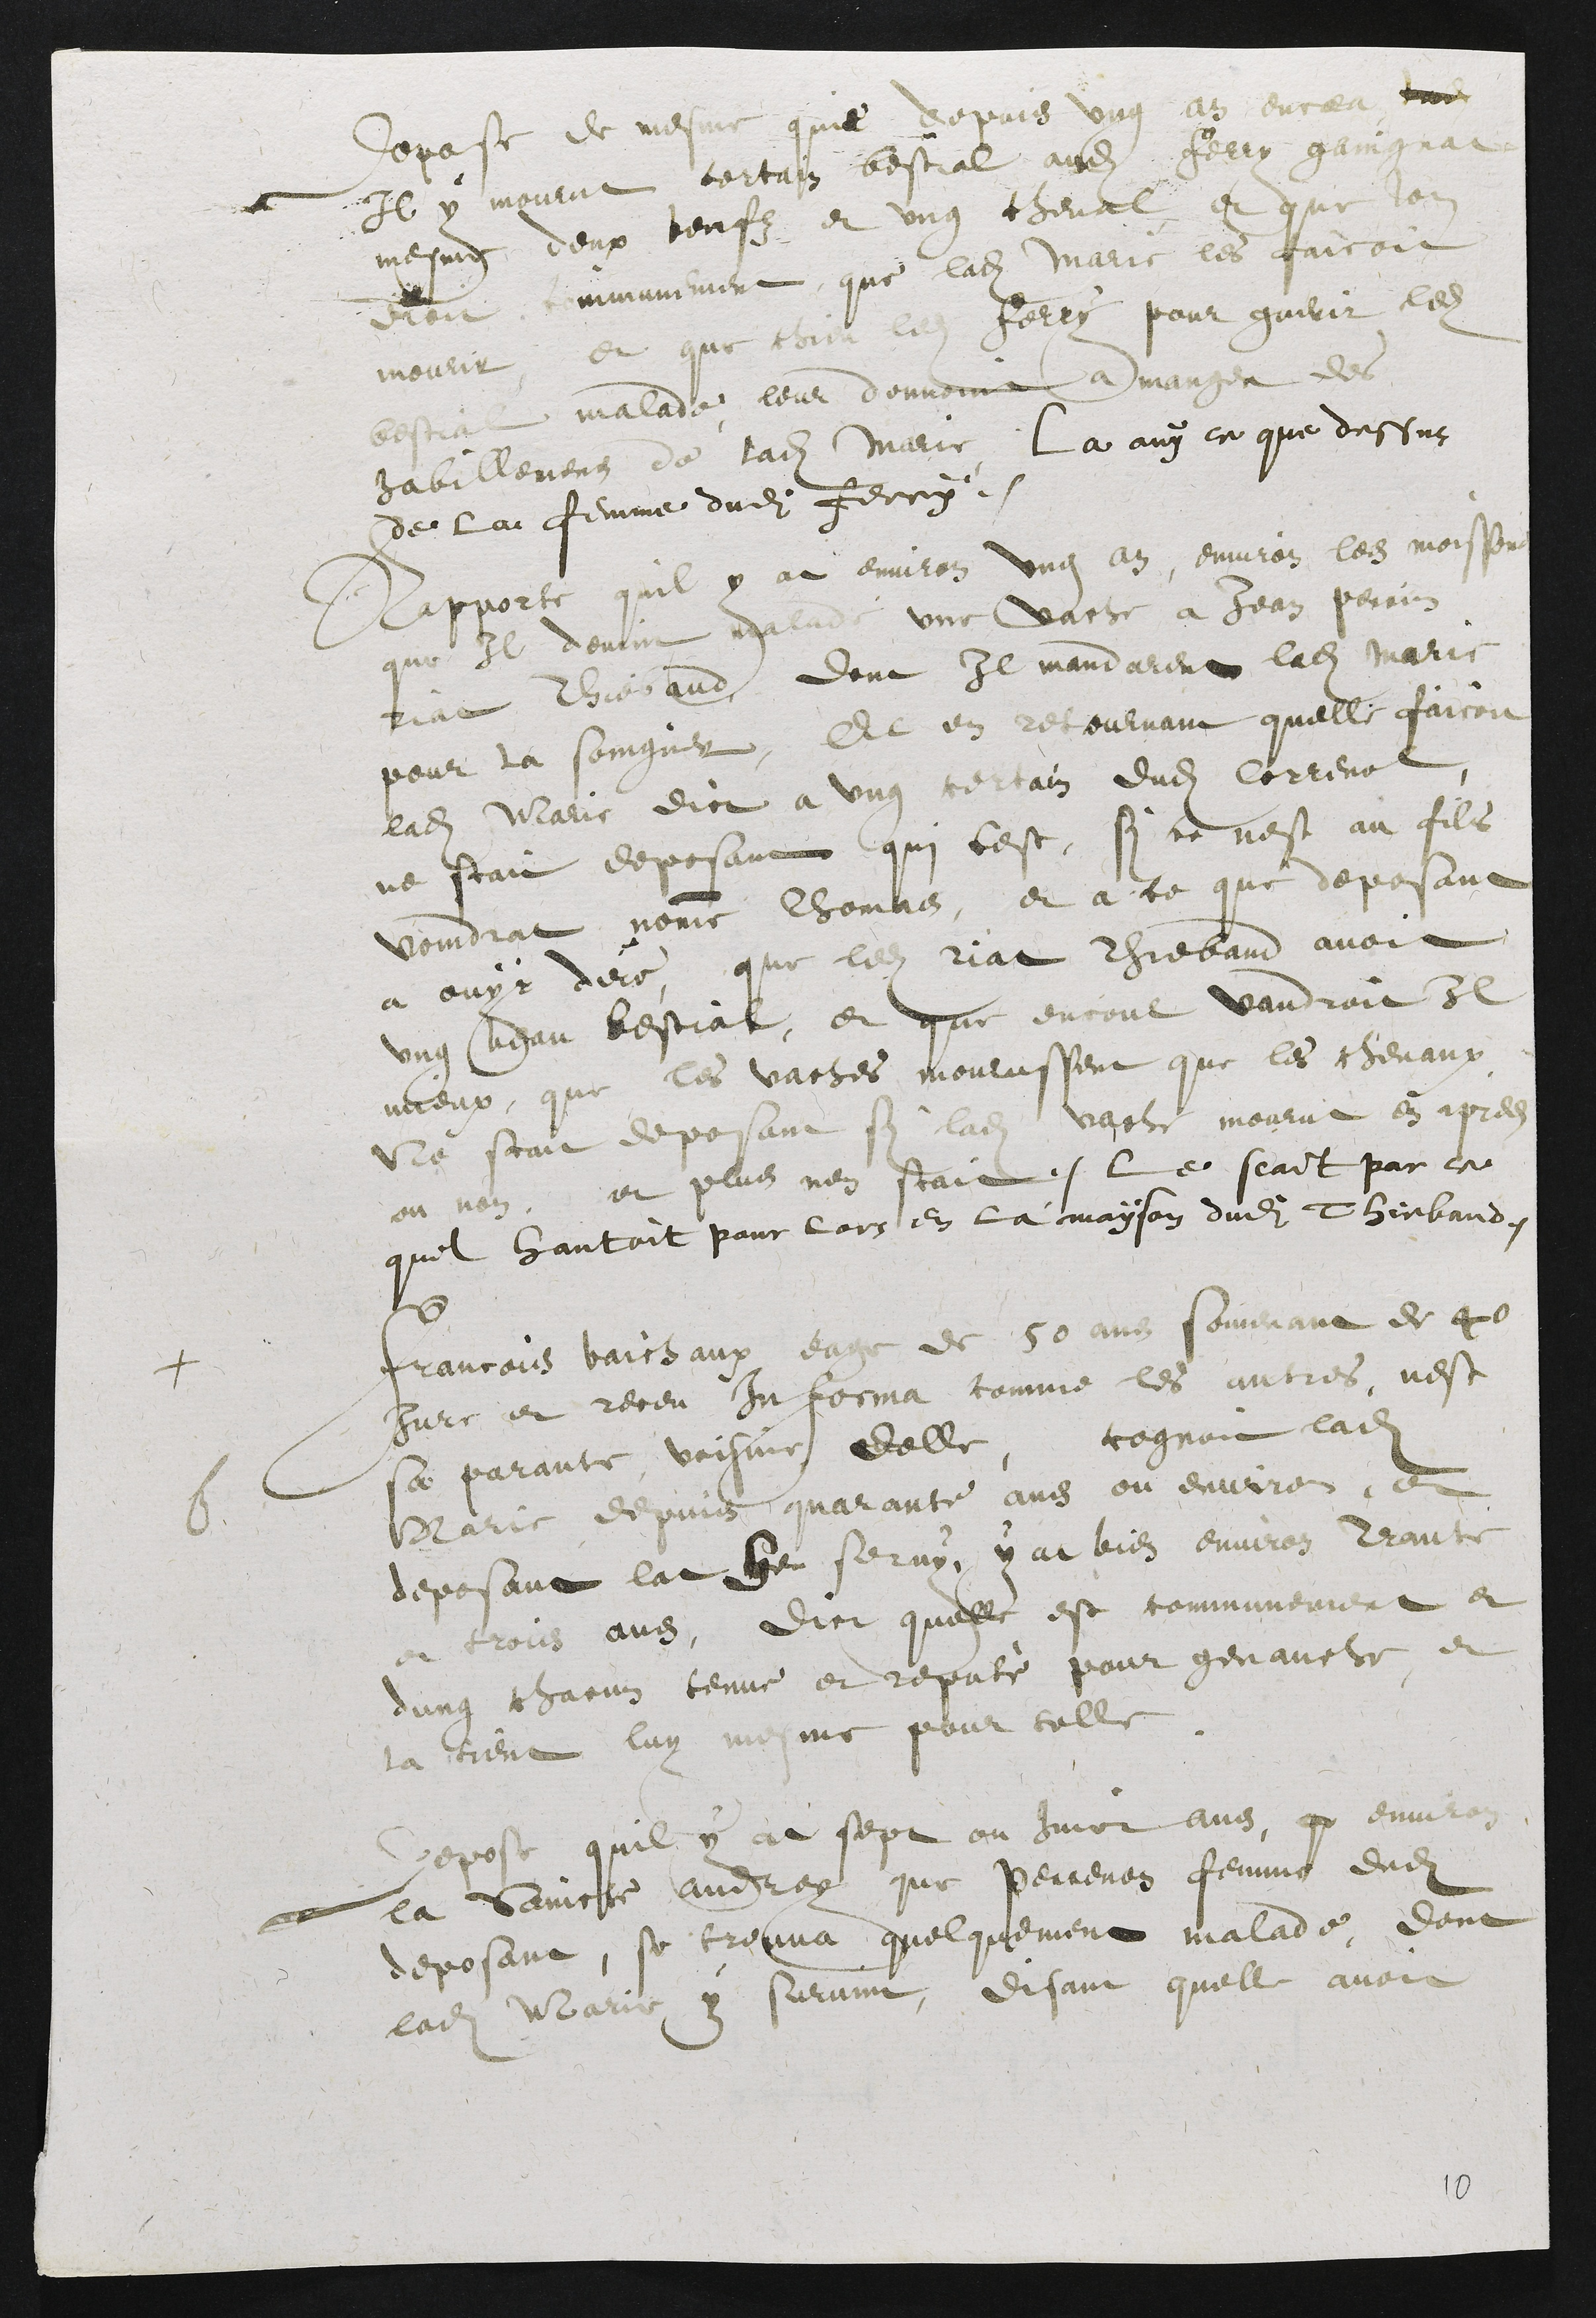
Depose de mesme quie depuis ung an encea tend
Il y mourut certain bestial audit ferry faingnat
mesme deux beufs et ung cheval, et que lon
dioit comunement, que ladite marie les faicoit
mourir, et que chier ledit ferry pour guerir ledit
bestial malade leur donnoint a manger des
habillemens de ladite marie, La ouÿ [ce] que dessus
de la femme dudit ferry.
Rapporte quil y at environ ung an, environ les moissons
que Il devint malade une vache a Jean Perrin
riat Thiebaud, dont Il mandarent ladite marie
pour la soingner, Et en retournant quelle faicoit
ladite Marie dict a ung certain dudit Correnol,
ne scait deposant qui cest, si ce nest au fils
Voindrat nomme Thomas, et a ce que deposant
a ouÿr dire, que ledit riat Thiebaud avoit
ung beau bestial, et que encour vaudroit Il
mieux, que les vaches mourussent que les chevaux.
Ne scait deposant si ladite vache mourut en apres
ou non, et plus nen scait. Le scait par ce
quil hantoit pour lors en la maÿson dudit Thiebaud.
+ Francois Vaichaux eage de 50 ans souvenant de 40
jure et receu In forma comme les autres, nest
sa parante, voisine delle, cognoit ladite
6.
Marie depuis quarante ans ou environ, et
deposant lat heu servÿ, ÿ at bien environ trante
et trois ans, dict quelle est communement et
dung chacun tenue et reputè pour genauche, et
la tient luy mesme pour telle.
Depose quil ÿ at sept ou huict ans, qu environ
la Saincte Andrey que Perrenon femme dudit
deposant, se treuva quelquement malade, dont
ladite Marie ÿ survint, disant quelle avoit